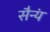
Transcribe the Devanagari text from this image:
सैन्यं